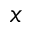
x